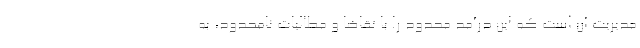
مدیریت آن است که این درآمد محدود را با تقاضا و مطالبات نامحدود، به